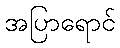
အပြာရောင်